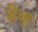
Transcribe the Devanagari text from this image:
सेक्